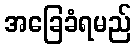
အခြေခံရမည်